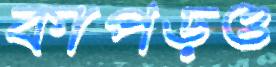
কাপড়ও